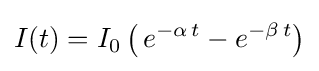
I(t)=I_{0}\left(\,e^{-\alpha \,t}-e^{-\beta \,t}\right)